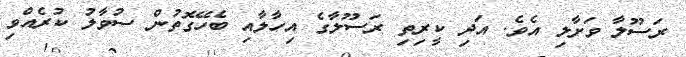
ރަސޫލާ ވަށާލި އެވެ. އަދި ކީރިތި ރަސޫލާގެ އިހާލާއި ބެހޭގޮތުން ސުވާލު ކުރެއްވި